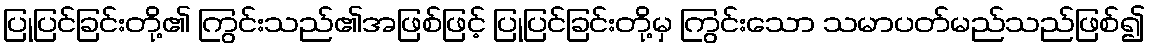
ပြုပြင်ခြင်းတို့၏ ကြွင်းသည်၏အဖြစ်ဖြင့် ပြုပြင်ခြင်းတို့မှ ကြွင်းသော သမာပတ်မည်သည်ဖြစ်၍